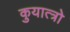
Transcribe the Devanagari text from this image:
कुयात्त्रो